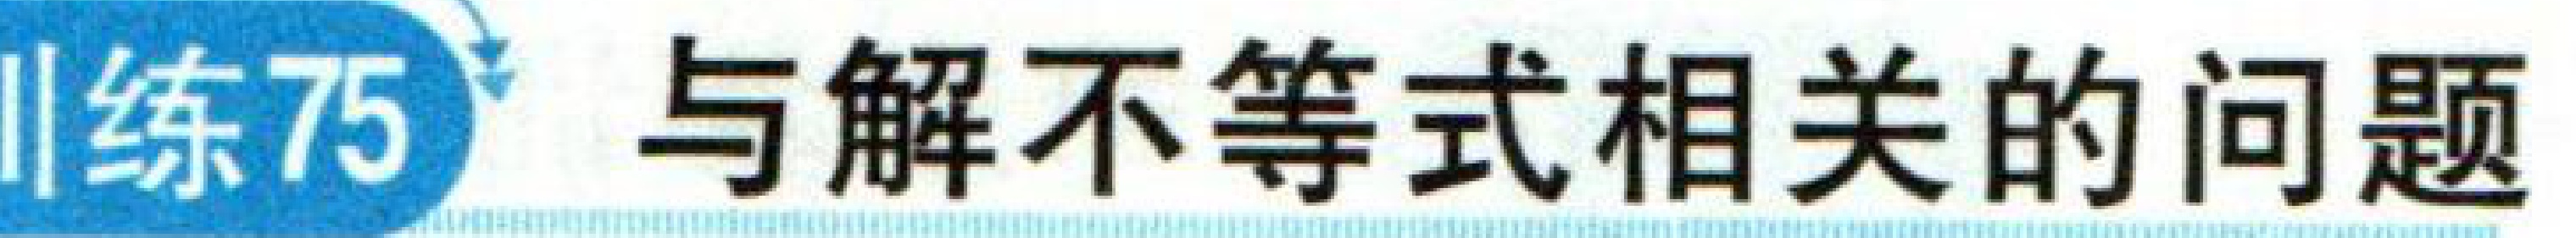
练75 与解不等式相关的问题